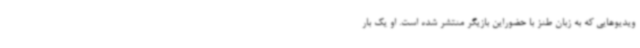
ویدیوهایی که به زبان طنز با حضوراین بازیگر منتشر شده است. او یک بار